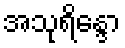
အသုရိန္ဒော